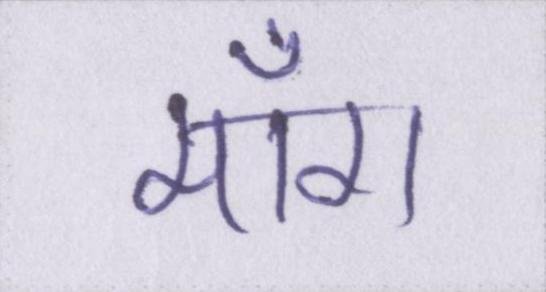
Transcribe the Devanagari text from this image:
माँग